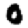
Digit: 0